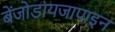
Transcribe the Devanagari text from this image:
बेंजोडायजापाइन